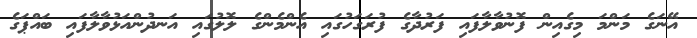
އޭނަގެ މަންމަ މިގެއިން ފޮނުވާލާފައި ފަރުދާގެ ފުރަގަހުގައި އެންމެންގެ ލޮލުގައި އަނދުންއަޅުވާލާފައި ބައްޕަގެ